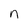
Character: n